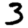
Digit: 3